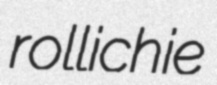
rollichie